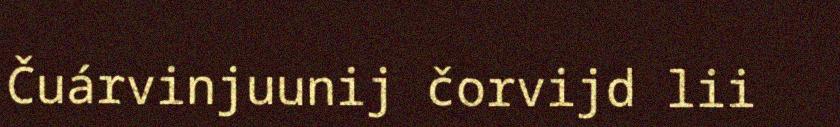
Čuárvinjuunij čorvijd lii